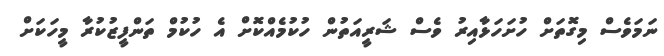
ނަމަވެސް މިގޮތަށް ހުށަހަޅާއިރު ވެސް ޝަރީއަތުން ހުކުމެއްކޮށް އެ ހުކުމް ތަންފީޒުކުރާ މީހަކަށް